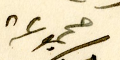
مجموعة